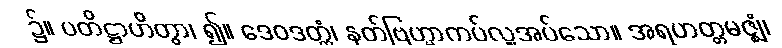
၌။ ပတိဋ္ဌာဟိတွာ၊ ၍။ ဒေဝဒတ္တံ၊ နတ်ဗြဟ္မာကပ်လှူအပ်သော။ အရဟတ္တမဇ္ဈံ၊